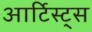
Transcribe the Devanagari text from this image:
आर्टिस्ट्‍स